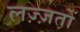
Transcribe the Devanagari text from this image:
लज़्ज़तों